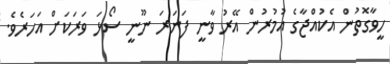
ހީވާގޮތުން އެކުއްޖާގެ އުމުރުން އޭރު ވާނީ ފަނަރަ ނޫނީ ސޯޅަ ވަރަކަށް އަހަރެވެ.